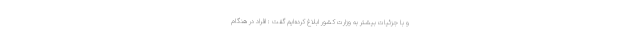
و با جزئیات بیشتر به وزارت کشور ابلاغ کرده‌ایم گفت : افراد در هنگام